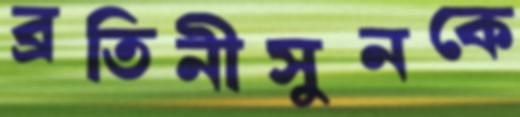
ব্রতিনীসুনকে